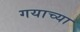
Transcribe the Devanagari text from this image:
गयाच्या